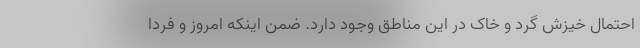
احتمال خیزش گرد و خاک در این مناطق وجود دارد. ضمن اینکه امروز و فردا